画像に写った文字を読んでください
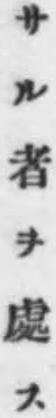
「サル者ヲ處ス」と書いてあります